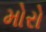
મોરો